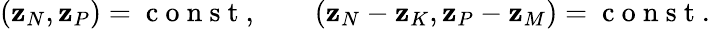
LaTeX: \begin{array}{r}{({\mathbf z}_{N},{\mathbf z}_{P})=\mathrm{~c~o~n~s~t~},\qquad({\mathbf z}_{N}-{\mathbf z}_{K},{\mathbf z}_{P}-{\mathbf z}_{M})=\mathrm{~c~o~n~s~t~}.}\end{array}